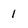
Character: 1